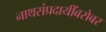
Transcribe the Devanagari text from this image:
नाथसंप्रदायींबरोबर